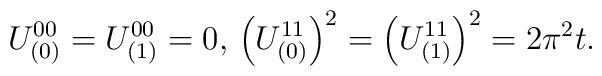
U_{(0)}^{00} = U_{(1)}^{00} = 0,\\\left( U_{(0)}^{11}\right) ^2 = \left( U_{(1)}^{11}\right) ^2 = 2 \pi^2 t.